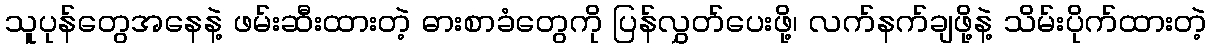
သူပုန်တွေအနေနဲ့ ဖမ်းဆီးထားတဲ့ ဓားစာခံတွေကို ပြန်လွှတ်ပေးဖို့၊ လက်နက်ချဖို့နဲ့ သိမ်းပိုက်ထားတဲ့